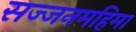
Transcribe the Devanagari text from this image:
सज्जनमहिमा